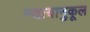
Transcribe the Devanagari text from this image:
न्यायानुकूल